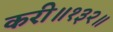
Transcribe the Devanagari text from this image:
करी॥१३२॥